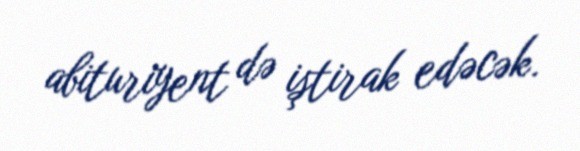
abituriyent də iştirak edəcək.